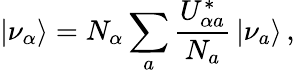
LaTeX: |\nu_{\alpha}\rangle=N_{\alpha}\sum_{a}\frac{U_{{\alpha}a}^{*}}{N_{a}}\, |\nu_{a}\rangle\, ,